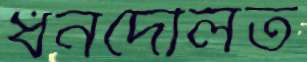
ধনদৌলত